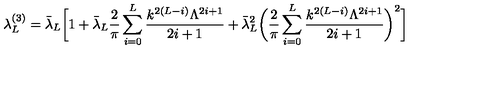
\lambda _ { L } ^ { ( 3 ) } = \bar { \lambda } _ { L } \biggr [ 1 + \bar { \lambda } _ { L } \frac { 2 } { \pi } \sum _ { i = 0 } ^ { L } \frac { k ^ { 2 ( L - i ) } \Lambda ^ { 2 i + 1 } } { 2 i + 1 } + \bar { \lambda } _ { L } ^ { 2 } \biggr ( \frac { 2 } { \pi } \sum _ { i = 0 } ^ { L } \frac { k ^ { 2 ( L - i ) } \Lambda ^ { 2 i + 1 } } { 2 i + 1 } \biggr ) ^ { 2 } \biggr ]